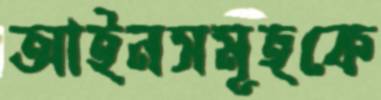
আইনসমূহকে